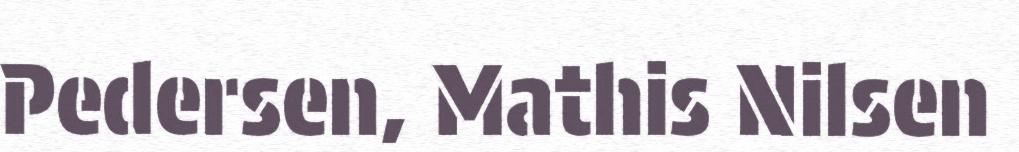
Pedersen, Mathis Nilsen